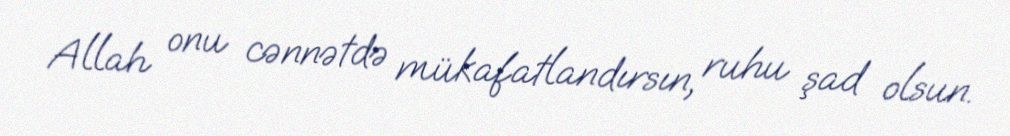
Allah onu cənnətdə mükafatlandırsın, ruhu şad olsun.